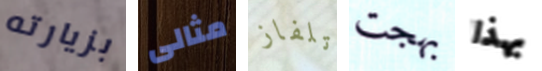
بزيارته مثالى تلفاز بهجت بهذا